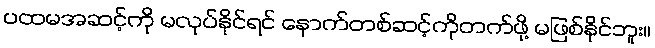
ပထမအဆင့်ကို မလုပ်နိုင်ရင် နောက်တစ်ဆင့်ကိုတက်ဖို့ မဖြစ်နိုင်ဘူး။